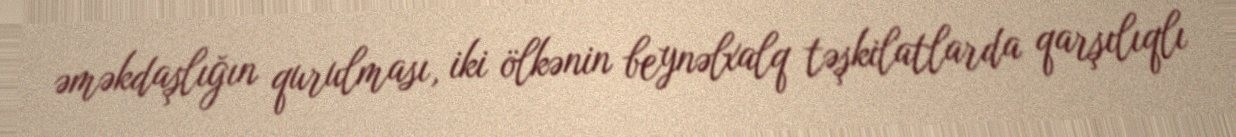
əməkdaşlığın qurulması, iki ölkənin beynəlxalq təşkilatlarda qarşılıqlı